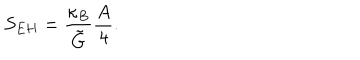
S _ { E H } = \frac { \kappa _ { B } } { \tilde { G } } \frac { A } { 4 } .